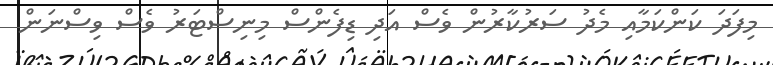
މިފަދަ ކަންކަމާއި މެދު ސަރުކާރުން ވެސް އަދި ޑިފެންސް މިނިސްޓަރު ވެސް ވިސްނަން